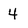
Character: 4